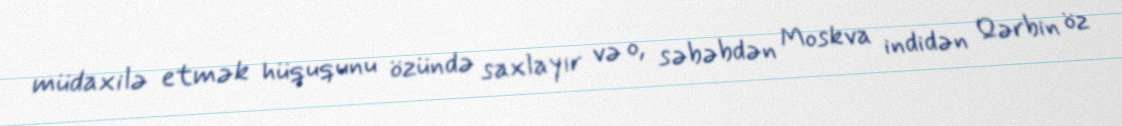
müdaxilə etmək hüququnu özündə saxlayır və o, səbəbdən Moskva indidən Qərbin öz